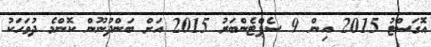
އޮގަސްޓު 2015 އިން 9 ސެޕްޓެންބަރު 2015 އަށް ބަންދުނޫން ކޮންމެ ދުވަހަކު